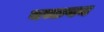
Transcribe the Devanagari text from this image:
बच्छवन